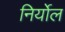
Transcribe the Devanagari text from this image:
निर्योल